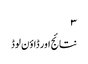
۳
نتائج اور ڈاؤن لوڈ